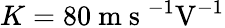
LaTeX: K=80\mathrm{~m~s~}^{-1}\mathrm{V}^{-1}